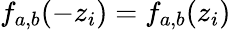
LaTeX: f_{a,b}(-z_{i})=f_{a,b}(z_{i})